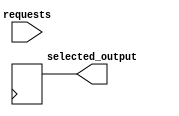
module parallel_arbiter (
    input wire [7:0] requests,
    output reg [7:0] selected_output
);

reg [7:0] priority_list;
reg [7:0] temp_output;

always @ (posedge clk) begin
    // Priority logic to determine order of requests
    priority_list = requests;
    // Logic to resolve conflicts if multiple requests are received simultaneously
    // (Implement your logic here)
    
    // Synchronization block to ensure correct timing of output transmission
    // (Implement your synchronization logic here)
    
    // Determine final output based on predetermined rules
    // (Implement your output selection logic here)
    selected_output = temp_output;
end

endmodule